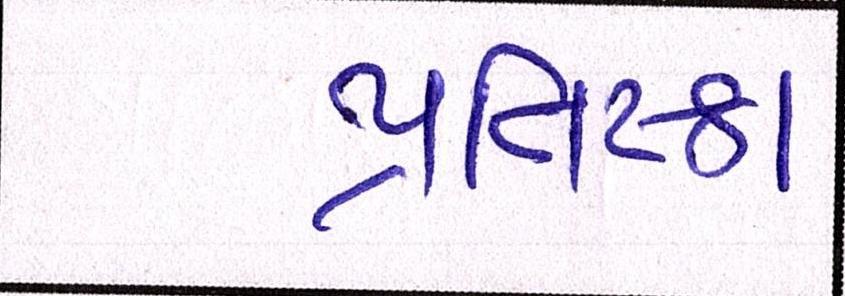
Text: પ્રતિષ્ઠા